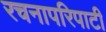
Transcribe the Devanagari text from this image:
रचनापरिपाटी